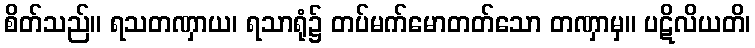
စိတ်သည်။ ရသတဏှာယ၊ ရသာရုံ၌ တပ်မက်မောတတ်သော တဏှာမှ။ ပဋိလိယတိ၊